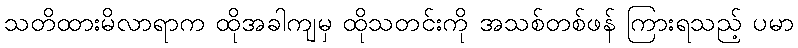
သတိထားမိလာရာက ထိုအခါကျမှ ထိုသတင်းကို အသစ်တစ်ဖန် ကြားရသည့် ပမာ